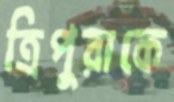
ত্রিপুরাকে